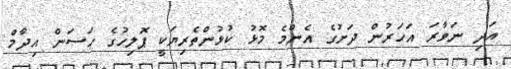
އަދި ނަވާރަ އަހަރުން ދަށުގެ އެންމެ މޮޅު ކުޅުންތެރިޔަކީ ޕޮލިހުގެ ހަސަން އިދާމް